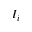
I _ { i }